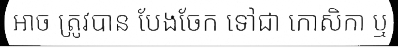
អាច ត្រូវបាន បែងចែក ទៅជា កោសិកា ឬ